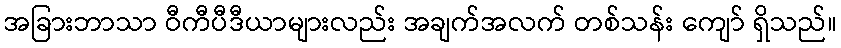
အခြားဘာသာ ဝီကီပီဒီယာများလည်း အချက်အလက် တစ်သန်း ကျော် ရှိသည်။